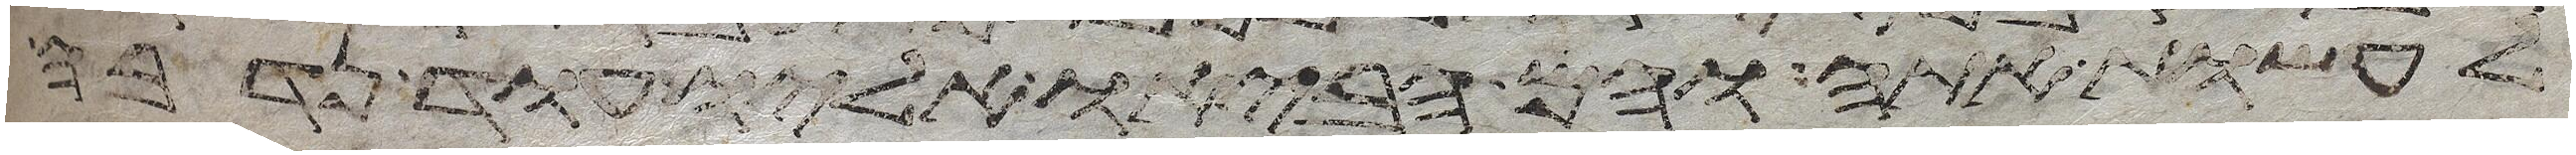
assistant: לעשות אתה והם הביאו אליו עוד נדבה